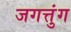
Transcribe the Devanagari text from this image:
जगत्तुंग